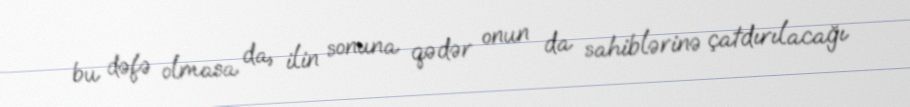
bu dəfə olmasa da, ilin sonuna qədər onun da sahiblərinə çatdırılacağı